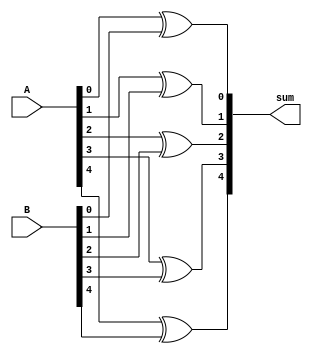
module _5bit_xor(sum,A,B);
input [4:0]A,B; 
output [4:0]sum;

xor 	x1(sum[0],A[0],B[0]),
		x2(sum[1],A[1],B[1]),
		x3(sum[2],A[2],B[2]),
		x4(sum[3],A[3],B[3]),
		x5(sum[4],A[4],B[4]);
endmodule